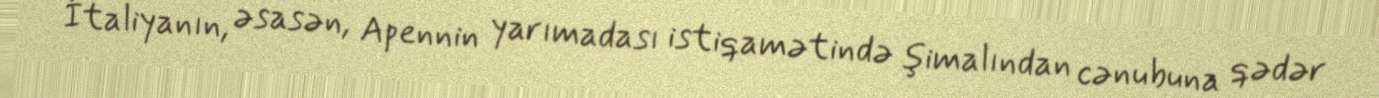
İtaliyanın, əsasən, Apennin yarımadası istiqamətində şimalından cənubuna qədər